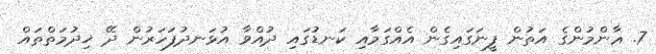
7. ޢާންމުންގެ އަތުން ފީނަގައިގެން އެއްގަމާއި ކަނޑުގައި ދުއްވާ އުޅަނދުފަހަރުން ދޭ ޚިދުމަތްތައް